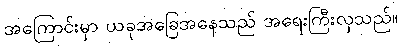
အကြောင်းမှာ ယခုအခြေအနေသည် အရေးကြီးလှသည်။